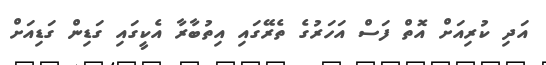
އަދި ކުރިއަށް އޮތް ފަސް އަހަރުގެ ތެރޭގައި އިތުބާރާ އެކީގައި ގަޑިން ގަޑިއަށް